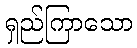
ရှည်ကြာသော